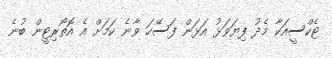
ޓެކްސީއަކާ މެދު ފިޔަވަޅު އަޅަން ފަސޭހަ ވާނެ ކަމަށް އެ އޮތޯރިޓީން ބުނެ